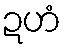
ဍဟံ